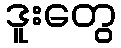
ဒူးတွေ